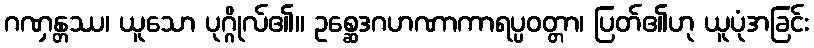
ဂဏှန္တဿ၊ ယူသော ပုဂ္ဂိုလ်၏။ ဥစ္ဆေဒဂဟဏာကာရပ္ပဝတ္တာ၊ ပြတ်၏ဟု ယူပုံအခြင်း